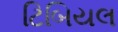
ટિબિયલ